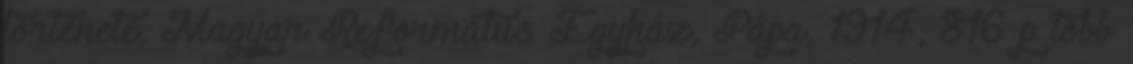
története, Magyar Református Egyház, Pápa, 1914, 816 p több